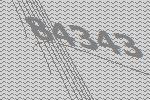
84343